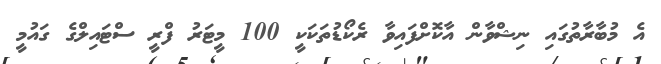
އެ މުބާރާތުގައި ނިޝްވާން އާކޮށްފައިވާ ރެކޯޑުތަކަކީ 100 މީޓަރު ފްރީ ސްޓައިލްގެ ގައުމީ